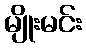
မျိုးမင်း